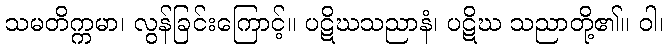
သမတိက္ကမာ၊ လွန်ခြင်းကြောင့်။ ပဋိဃသညာနံ၊ ပဋိဃ သညာတို့၏။ ဝါ၊